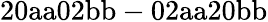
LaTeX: \mathrm{20aa02bb-02aa20bb}